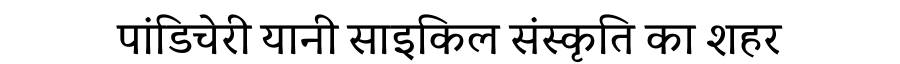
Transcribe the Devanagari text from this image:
पांडिचेरी यानी साइकिल संस्कृति का शहर